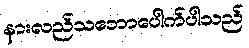
နားလည်သဘောပေါက်ပါသည်